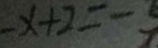
- x + 2 = - 5